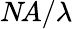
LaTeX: N\! A/\lambda